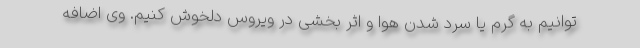
‌توانیم به گرم یا سرد شدن هوا و اثر بخشی در ویروس دلخوش کنیم. وی اضافه